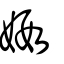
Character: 婽